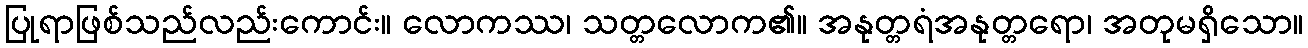
ပြုရာဖြစ်သည်လည်းကောင်း။ လောကဿ၊ သတ္တလောက၏။ အနုတ္တရံအနုတ္တရော၊ အတုမရှိသော။